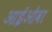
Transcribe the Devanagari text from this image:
आईओवा